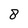
Character: 8